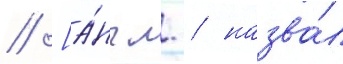
// [а́нгл. / назва́л